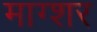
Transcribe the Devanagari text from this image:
माग्शर